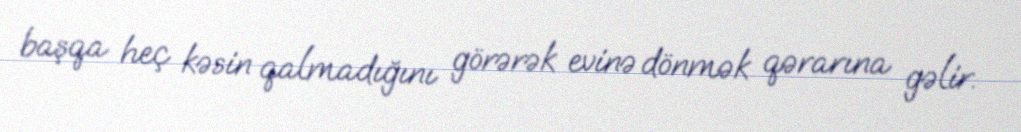
başqa heç kəsin qalmadığını görərək evinə dönmək qərarına gəlir.